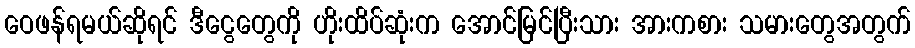
ဝေဖန်ရမယ်ဆိုရင် ဒီငွေတွေကို ဟိုးထိပ်ဆုံးက အောင်မြင်ပြီးသား အားကစား သမားတွေအတွက်